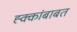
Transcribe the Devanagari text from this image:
ह्क्कांबाबत